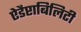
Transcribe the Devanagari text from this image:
ऐडैप्टाबिलिटी